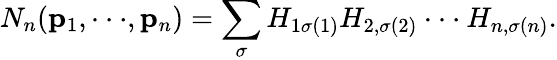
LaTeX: N_{n}({\mathbf p_{1}},\cdot\cdot\cdot,{\mathbf p_{n}})=\sum_{\sigma}H_{1\sigma(1)}H_{2,\sigma(2)}\cdot\cdot\cdot H_{n,\sigma(n)}.